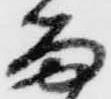
留